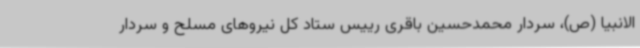
الانبیا (ص)، سردار محمدحسین باقری رییس ستاد کل نیروهای مسلح و سردار